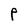
Character: P